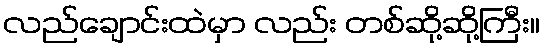
လည်ချောင်းထဲမှာ လည်း တစ်ဆို့ဆို့ကြီး။